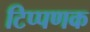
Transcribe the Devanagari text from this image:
टिप्पणक